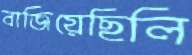
বাজিয়েছিলি